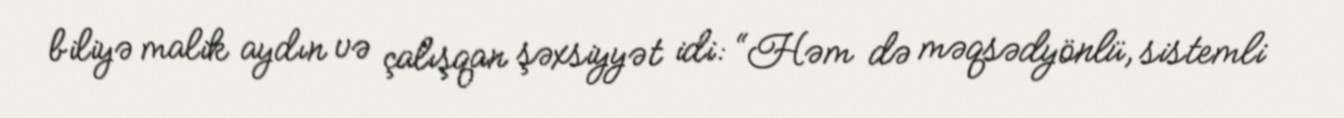
biliyə malik aydın və çalışqan şəxsiyyət idi: “Həm də məqsədyönlü, sistemli